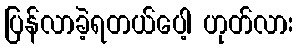
ပြန်လာခဲ့ရတယ်ပေါ့ ဟုတ်လား